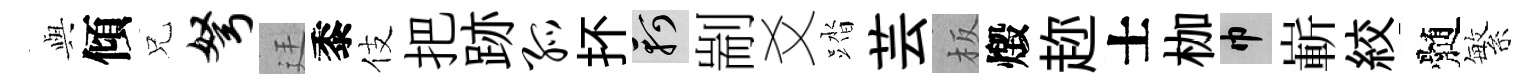
𫤰傾兄弩廷黍伎把跡孤抔軻剬爻踏芸板燬趂士枷巾嶄絞髄繁